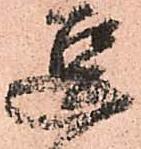
逗